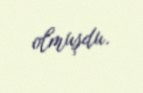
olmuşdu.